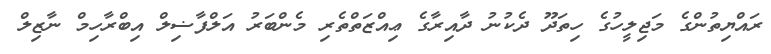
ރައްޔިތުންގެ މަޖިލީހުގެ ހިތަދޫ ދެކުނު ދާއިރާގެ ޢިއްޒަތްތެރި މެންބަރު އަލްފާޟިލް އިބްރާހިމް ނާޒިލް